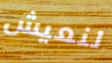
لنعيش